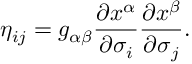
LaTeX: \eta _ { i j } = g _ { \alpha \beta } \frac { \partial x ^ { \alpha } } { \partial \sigma _ { i } } \frac { \partial x ^ { \beta } } { \partial \sigma _ { j } } .